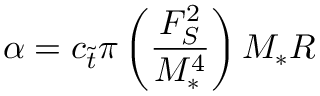
\alpha = c _ { \tilde { t } } \pi \left( \frac { F _ { S } ^ { 2 } } { M _ { \ast } ^ { 4 } } \right) M _ { \ast } R